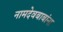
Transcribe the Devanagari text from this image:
नामदेवबाबांना